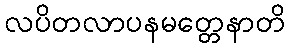
လပိတလာပနမတ္တေနာတိ